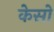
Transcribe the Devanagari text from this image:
केसो